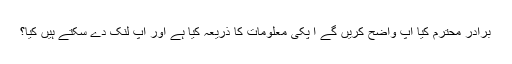
برادر محترم کیا آپ واضح کریں گے آ پکی معلومات کا ذریعہ کیا ہے اور آپ لنک دے سکتے ہیں کیا؟